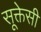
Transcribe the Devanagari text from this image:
सूक्तेसी